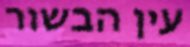
עין הבשור